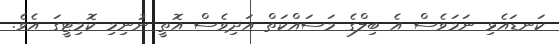
ކަނޑައެޅި ނަމަވެސް އެ ބިލްގެ މަސައްކަތް އަދިވެސް އޮތީ ނުނިމި ކޮމިޓީގަ އެވެ.